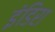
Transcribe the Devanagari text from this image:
इंडिरा